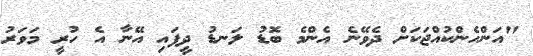
"އަންހެންކުއްޖަކަށް ދެވޭނެ އެންމެ ބޮޑު ލަނޑު ދީފައި އޭނާ އެ ހުރީ މަވަރު